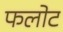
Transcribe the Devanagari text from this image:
फलोट